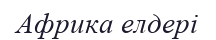
Африка елдері